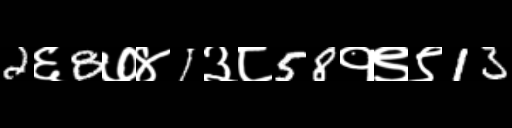
Text: 2६8७४1३८58१९९13